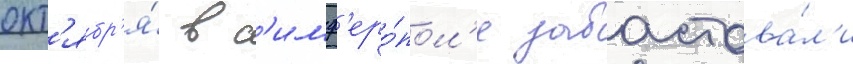
окт'ябр'я́ в с'имф'еро́пол'е забастова́л'и